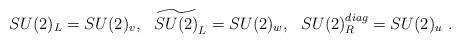
LaTeX: \begin{align*}SU(2)_L=SU(2)_v,~~ \widetilde{SU(2)}_L=SU(2)_w,~~SU(2)_R^{diag}=SU(2)_u \ .\end{align*}